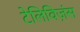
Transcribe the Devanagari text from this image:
टेलिविज़ंस